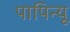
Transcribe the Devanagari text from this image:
पापिन्यू